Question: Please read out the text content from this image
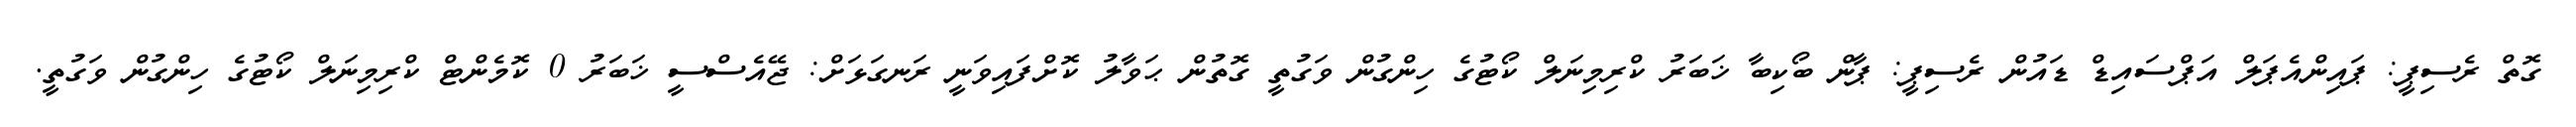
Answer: ގޮތް ރެސިޕީ: ޕައިންއެޕަލް އަޕްސައިޑް ޑައުން ރެސިޕީ: ޕާން ބޯކިބާ ޚަބަރު ކްރިމިނަލް ކޯޓުގެ ހިންގުން ވަގުތީ ގޮތުން ޙަވާލު ކޮށްފައިވަނީ ރަނގަޅަށް: ޖޭއެސްސީ ޚަބަރު 0 ކޮމެންޓް ކްރިމިނަލް ކޯޓުގެ ހިންގުން ވަގުތީ.